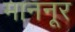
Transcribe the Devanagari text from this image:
माननूर